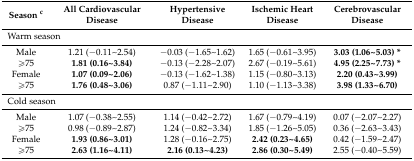
| Season c | All Cardiovascular Disease | Hypertensive Disease | Ischemic Heart Disease | Cerebrovascular Disease |
 | --- | --- | --- | --- | --- |
 | <COLSPAN=2> Warm season |  |  |  |
 | Male | 1.21 (−0.11~2.54) | −0.03 (−1.65~1.62) | 1.65 (−0.61~3.95) | 3.03 (1.06~5.03) * |
 | ≥75 | 1.81 (0.16~3.84) | −0.13 (−2.28~2.07) | 2.67 (−0.19~5.61) | 4.95 (2.25~7.73) * |
 | Female | 1.07 (0.09~2.06) | −0.13 (−1.62~1.38) | 1.15 (−0.80~3.13) | 2.20 (0.43~3.99) |
 | ≥75 | 1.76 (0.48~3.06) | 0.87 (−1.11~2.90) | 1.10 (−1.13~3.38) | 3.98 (1.33~6.70) |
 | <COLSPAN=2> Cold season |  |  |  |
 | Male | 1.07 (−0.38~2.55) | 1.14 (−0.42~2.72) | 1.67 (−0.79~4.19) | 0.07 (−2.07~2.27) |
 | ≥75 | 0.98 (−0.89~2.87) | 1.24 (−0.82~3.34) | 1.85 (−1.26~5.05) | 0.36 (−2.63~3.43) |
 | Female | 1.93 (0.86~3.01) | 1.28 (−0.16~2.75) | 2.42 (0.23~4.65) | 0.42 (−1.59~2.47) |
 | ≥75 | 2.63 (1.16~4.11) | 2.16 (0.13~4.23) | 2.86 (0.30~5.49) | 2.55 (−0.40~5.59) |